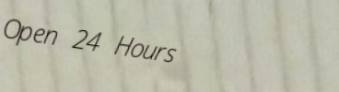
Open 24 Hours